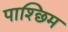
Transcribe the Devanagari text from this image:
पाश्छिम